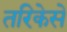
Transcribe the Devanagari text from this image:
तरिकेसे